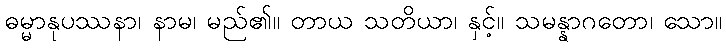
ဓမ္မာနုပဿနာ၊ နာမ၊ မည်၏။ တာယ သတိယာ၊ နှင့်။ သမန္နာဂတော၊ သော။